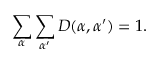
\sum _ { \alpha } \sum _ { \alpha ^ { \prime } } D ( \alpha , \alpha ^ { \prime } ) = 1 .